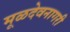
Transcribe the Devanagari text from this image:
मूळदेवनागरी